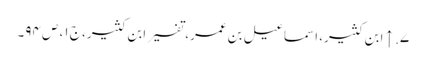
۷. ↑ ابن کثیر، اسماعیل بن عمر، تفسیر ابن کثیر، ج ۱، ص ۹۴۔